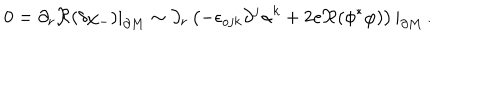
LaTeX: 0 = \partial _ { r } \Re ( \delta \chi _ { - } ) | _ { \partial M } \sim \partial _ { r } \left( - \epsilon _ { o j k } \partial ^ { j } \alpha ^ { k } + 2 e \Re ( \phi ^ { * } \varphi ) \right) | _ { \partial M } \, .